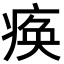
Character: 痪